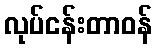
လုပ်ငန်းတာဝန်